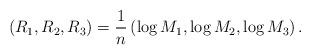
LaTeX: \begin{align*}\left(R_1, R_2, R_3 \right)=\frac{1}{n}\left(\log M_1, \log M_2, \log M_3 \right). \end{align*}